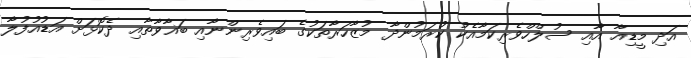
އަދި މީޑިއާ އާއި ސުލްހްވެރިކަމާއެކު ކުރަމުންދާ މުޒާހަރާތަކުގެ ބައިވެރިންނާއި ބަޣާވާތާއި ދެކޮޅަށް އަޑުއުފުލާ